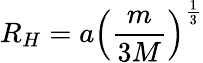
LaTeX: R_{H}=a\left({\frac{m}{3M}}\right)^{\frac{1}{3}}